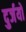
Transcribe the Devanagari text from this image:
दुर्जयो